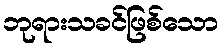
ဘုရားသခင်ဖြစ်သော